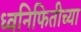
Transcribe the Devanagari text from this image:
ध्वनिफितीच्या